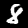
Label: 8